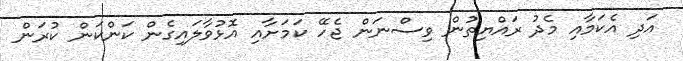
އަދި އެކަމާއި މެދު ރައްޔިތުން ވިސްނަން ޖެހޭ ކަމަށާއި އޮޅުވާލައިގެން ކަންކަން ކުރަން